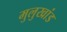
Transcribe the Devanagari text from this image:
मुलुखांड